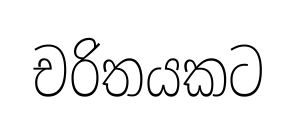
චරිතයකට